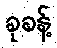
ခုခန့်